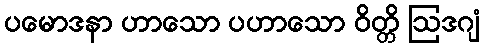
ပမောဒနာ ဟာသော ပဟာသော ဝိတ္တိ ဩဒဂျံ